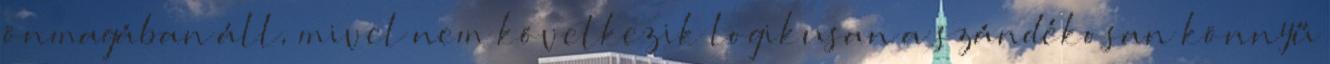
önmagában áll, mivel nem következik logikusan a szándékosan könnyű